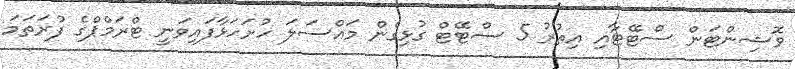
ވޮޝިންޓަން ސްޓޭޓާއި އިތުރު 5 ސްޓޭޓް ގުޅިގެން މައްސަލަ ހުށަހަޅާފައިވަނީ ޓްރަމްޕްގެ ފުރަތަމަ